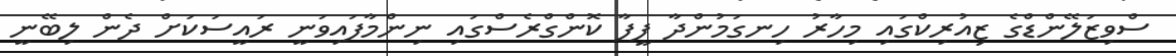
ސްވިޒަލޭންޑްގެ ޒިއުރިކްގައި މިހާރު ހިނގަމުންދާ ފީފާ ކޮންގްރެސްގައި ނިންމާފައިވަނީ ރައީސަކަށް ދެން ލިބޭނީ